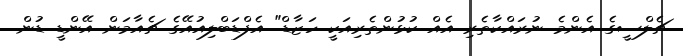
ޗެލްސީގެ އެންމެ ނުރައްކާތެރި އެއް ކުޅުންތެރިއަކީ ހަޒާޑް" އެފްޑަބްލިއުއޭގެ ޗެއާމަން އޭންޑީ ޑުން